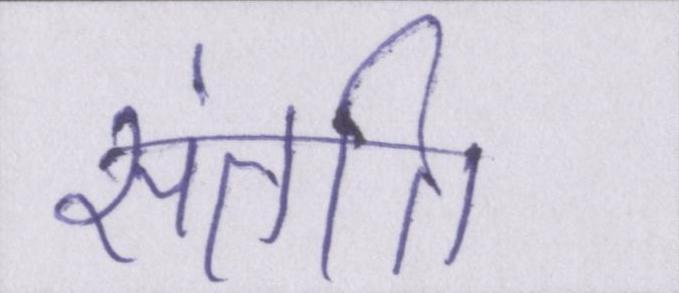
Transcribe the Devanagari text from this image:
संतति